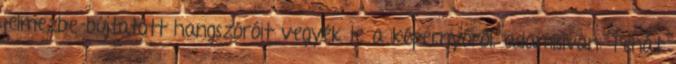
jelmezbe bújtatott hangszóróit vegyék le a képernyőről. adamisivan: Tehát